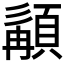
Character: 𩓿